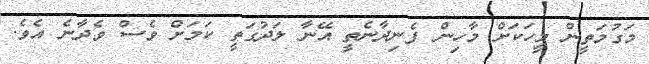
މަގުމަތީން މީހަކަށް މާހިން ފެނިދާނެތީ އޭނާ ލަދުގަތީ ކަމަށް ވެސް ވެދާނެ އެވެ.